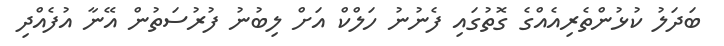
ބަދަލު ކުޅުންތެރިއެއްގެ ގޮތުގައި ފެނުނު ހަލްކް އަށް ލިބުނު ފުރުސަތުން އޭނާ އުފެއްދި